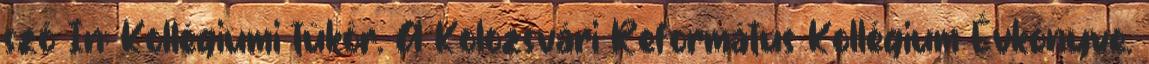
szó In: Kollégiumi tükör. A Kolozsvári Református Kollégium Évkönyve.